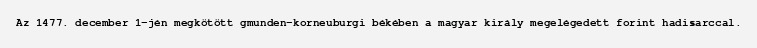
Az 1477. december 1-jén megkötött gmunden-korneuburgi békében a magyar király megelégedett forint hadisarccal.